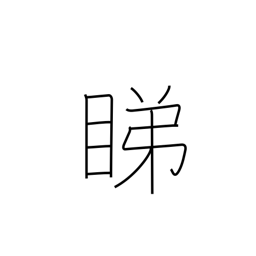
Meaning: looking askance at